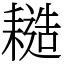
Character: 䎭